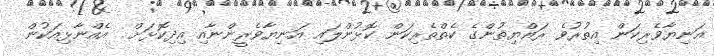
އަނިޔާވެރިކަން އިތުރުވެ ރައްޔިތުންގެ ކެތްތެރިކަން ކޮޅުންލައި އަނިޔާވެރީންނާއި އިދިކޮޅަށް  އެއްނާޅިއަކުން